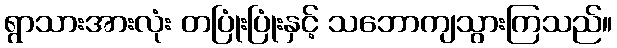
ရွာသားအားလုံး တပြုံးပြုံးနှင့် သဘောကျသွားကြသည်။